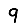
Digit: 9